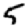
Digit: 5